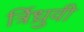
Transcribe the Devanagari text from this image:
र्त्रिध्रुवी